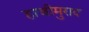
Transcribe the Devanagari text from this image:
हाजीमुराद